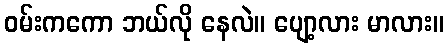
ဝမ်းကကော ဘယ်လို နေလဲ။ ပျော့လား မာလား။